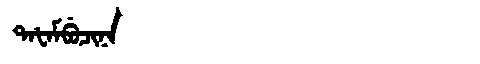
Manchu: ᡨᠠᡶᠠᠮᠪᡠᠴᡳᠨᠠ
Romanization: TAFAMBUCINA